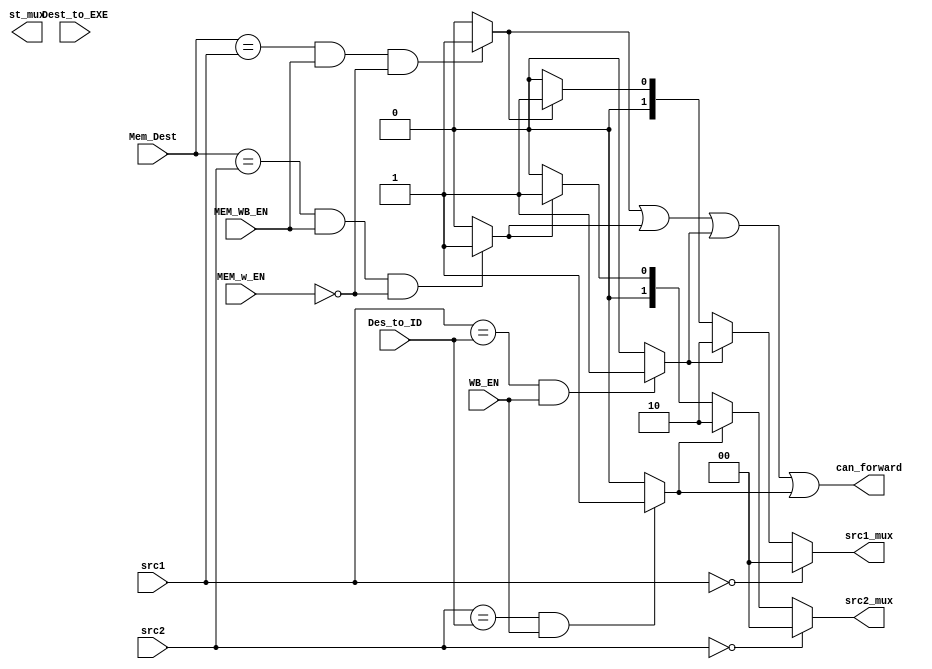
module Forwarding_unit (
  input WB_EN,
  input [4:0] Des_to_ID,

  input [4:0] Mem_Dest,
  input MEM_w_EN,
  input MEM_WB_EN,

  input [4:0] src1,
  input [4:0] src2,
  input [4:0] Dest_to_EXE,

  output [1:0] src1_mux,
  output [1:0] src2_mux,
  output [1:0] st_mux,
  output can_forward
);

  wire src1_same_to_wb_dest;
  wire src2_same_to_wb_dest;

  wire src1_same_to_mem_dest;
  wire src2_same_to_mem_dest;

  assign src1_same_to_mem_dest = (Mem_Dest == src1 & MEM_WB_EN == 1'b1 & MEM_w_EN == 1'b0) ? 1'b1 : 1'b0;
  assign src2_same_to_mem_dest = (Mem_Dest == src2 & MEM_WB_EN == 1'b1 & MEM_w_EN == 1'b0) ? 1'b1 : 1'b0;

  assign src1_same_to_wb_dest = (src1 == Des_to_ID && WB_EN == 1'b1 ) ? 1'b1 : 1'b0;
  assign src2_same_to_wb_dest = (src2 == Des_to_ID && WB_EN == 1'b1 ) ? 1'b1 : 1'b0;

  assign can_forward = src1_same_to_mem_dest | src2_same_to_mem_dest | src1_same_to_wb_dest | src2_same_to_wb_dest;

  assign src1_mux = (src1 == 5'd0 )? 1'd0 : (src1_same_to_wb_dest == 1'b1 ) ? 2'd2 :(src1_same_to_mem_dest == 1'b1 ) ? 2'd1 : 2'd0;
  assign src2_mux = (src2 == 5'd0 )? 1'd0 : (src2_same_to_wb_dest == 1'b1 ) ? 2'd2 :(src2_same_to_mem_dest == 1'b1 ) ? 2'd1 : 2'd0;

endmodule // Forwarding_unit